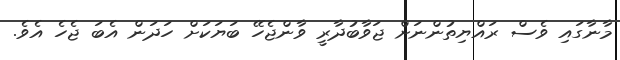
މާނާގައި ވެސް ރައްޔިތުންނަށް ޖަވާބުދާރީ ވާންޖެހޭ ބަޔަކަށް ހަދަން އެބަ ޖެހެ އެވެ.